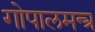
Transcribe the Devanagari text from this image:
गोपालमन्त्र